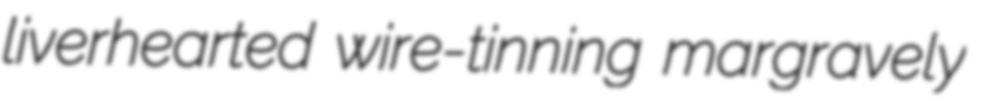
liverhearted wire-tinning margravely